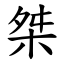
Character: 桀